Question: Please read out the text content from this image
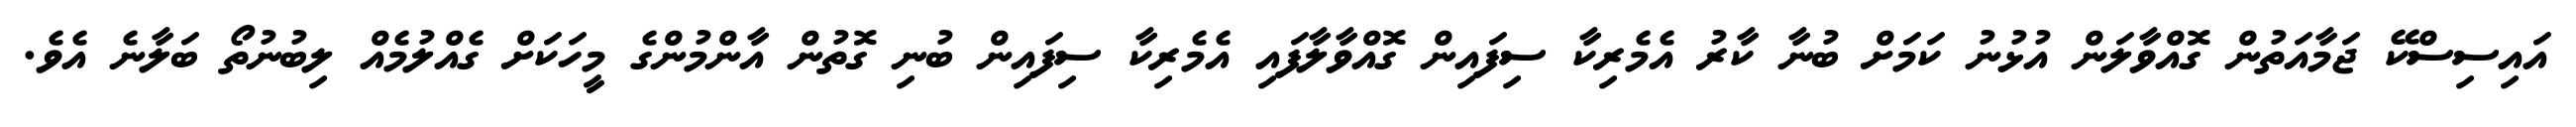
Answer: އައިސިސްކޭ ޖަމާއަތުން ގޮއްވާލަން އުޅުނު ކަމަށް ބުނާ ކާރު އެމެރިކާ ސިފައިން ގޮއްވާލާފައި އެމެރިކާ ސިފައިން ބުނި ގޮތުން އާންމުންގެ މީހަކަށް ގެއްލުމެއް ލިބުނުތޯ ބަލާނެ އެވެ.